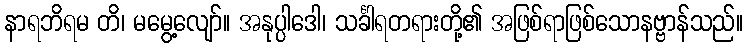
နာရဘိရမ တိ၊ မမွေ့လျော်။ အနုပ္ပါဒေါ၊ သင်္ခါရတရားတို့၏ အဖြစ်ရာဖြစ်သောနဗ္ဗာန်သည်။